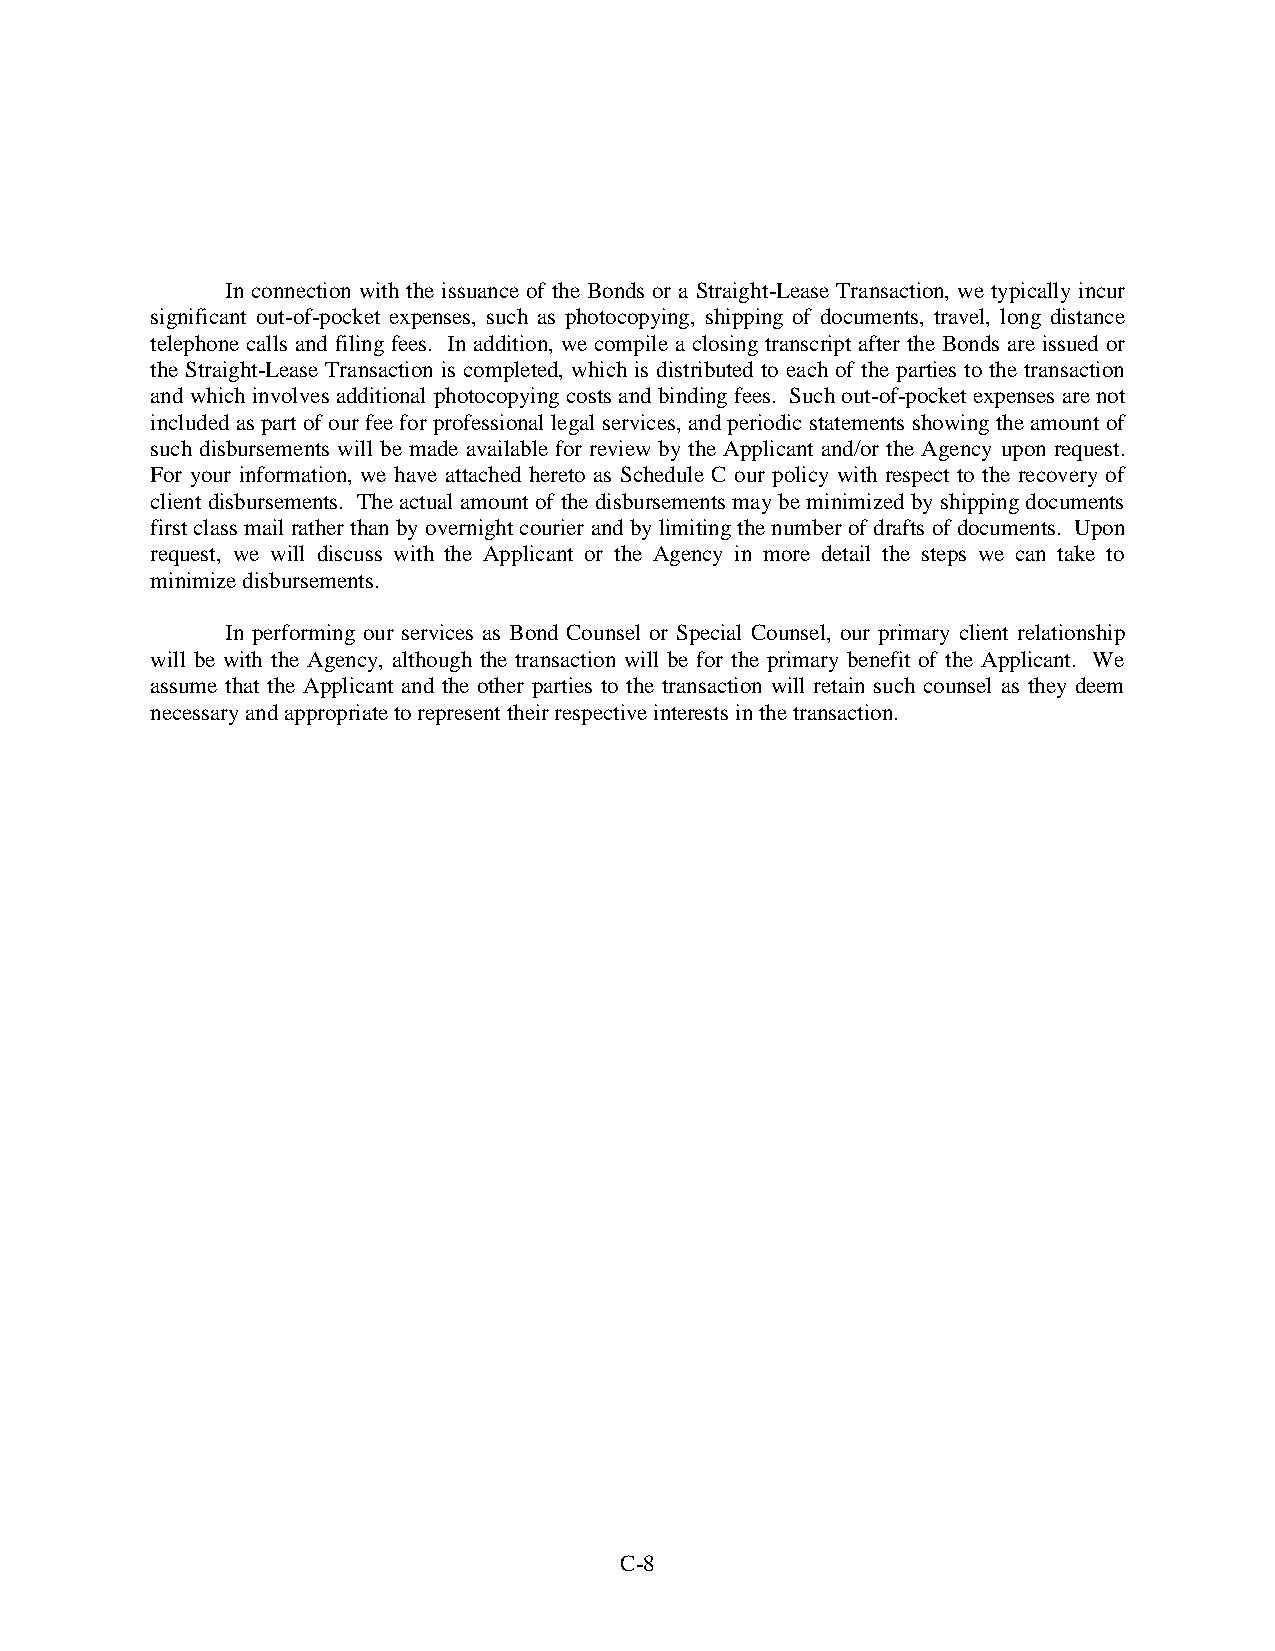
In connection with the issuance of the Bonds or a Straight-Lease Transaction, we typically incur
 significant out-of-pocket expenses, such as photocopying, shipping of documents, travel, long distance
 telephone calls and filing fees. In addition, we compile a closing transcript after the Bonds are issued or
 the Straight-Lease Transaction is completed, which is distributed to each of the parties to the transaction
 and which involves additional photocopying costs and binding fees. Such out-of-pocket expenses are not
 included as part of our fee for professional legal services, and periodic statements showing the amount of
 such disbursements will be made available for review by the Applicant and/or the Agency upon request.
 For your information, we have attached hereto as Schedule C our policy with respect to the recovery of
 client disbursements. The actual amount of the disbursements may be minimized by shipping documents
 first class mail rather than by overnight courier and by limiting the number of drafts of documents. Upon
 request, we will discuss with the Applicant or the Agency in more detail the steps we can take to
 minimize disbursements.
 In performing our services as Bond Counsel or Special Counsel, our primary client relationship
 will be with the Agency, although the transaction will be for the primary benefit of the Applicant. We
 assume that the Applicant and the other parties to the transaction will retain such counsel as they deem
 necessary and appropriate to represent their respective interests in the transaction.
 C-8